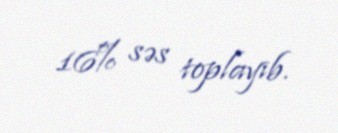
16% səs toplayıb.